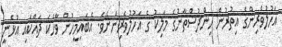
އަހުލުވެރިންގެ އިތުރުން ހިންދުސްތާނުގެ މަލިކު ގެ އަހުލުވެރިންނެވެ. އެބައިމީހުން ވާހަކަ ދައްކައި އުޅެނީ